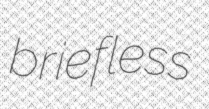
briefless